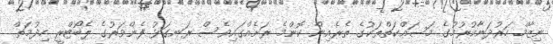
ނިޒާމް ހަރުދަނާކުރުމުގެ މަސައްކަތްތަކުގެ ތެރެއިިން ކޮންމެ ރަށެއްގައިވެސް ރަނގަޅު ފެންވަރުގެ ލެބޯޓްރީ ހިދުމަތް